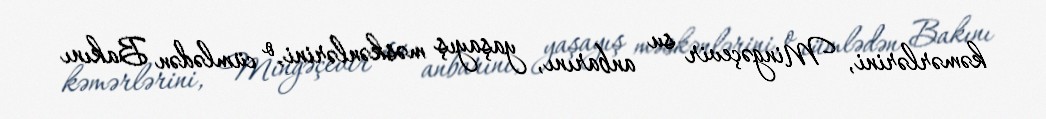
kəmərlərini, Mingəçevir su anbarını, yaşayış məskənlərini, o cümlədən Bakını